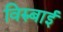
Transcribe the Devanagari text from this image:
विरुबाई